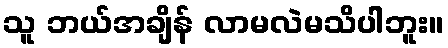
သူ ဘယ်အချိန် လာမလဲမသိပါဘူး။